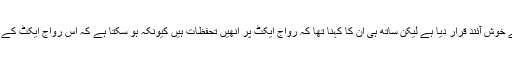
پاکستان پیپلز پارٹی کے رہنما اخونزادہ چٹان نے مجموعی طور پر اسے خوش آئند قرار دیا ہے لیکن ساتھ ہی ان کا کہنا تھا کہ رواج ایکٹ پر انھیں تحفظات ہیں کیونکہ ہو سکتا ہے کہ اس رواج ایکٹ کے ذریعے دوبارہ ایف سی آر کہیں قبائلی علاقوں میں نافذ نہ کر دیا جائے۔